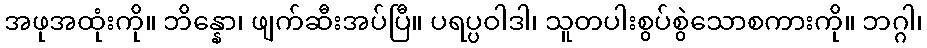
အဖုအထုံးကို။ ဘိန္နော၊ ဖျက်ဆီးအပ်ပြီ။ ပရပ္ပဝါဒါ၊ သူတပါးစွပ်စွဲသောစကားကို။ ဘဂ္ဂါ၊